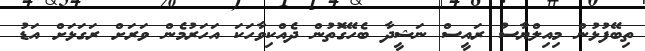
ތިބޭފުޅުން މިއިލްޔާސު ރައީސް ނަޝީދާ ބެހޭގޮތުން ދެއްކިވާހަކަ އަހަރުމެން ވަރަށް ރަގަޅަށް އަޑު